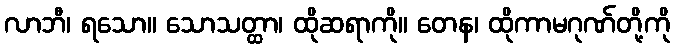
လာဘီ၊ ရသော။ သောသတ္ထာ၊ ထိုဆရာကို။ တေန၊ ထိုကာမဂုဏ်တို့ကို